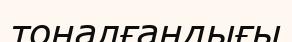
тоналғандығы